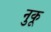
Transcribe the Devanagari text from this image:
नुकू